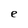
Character: e